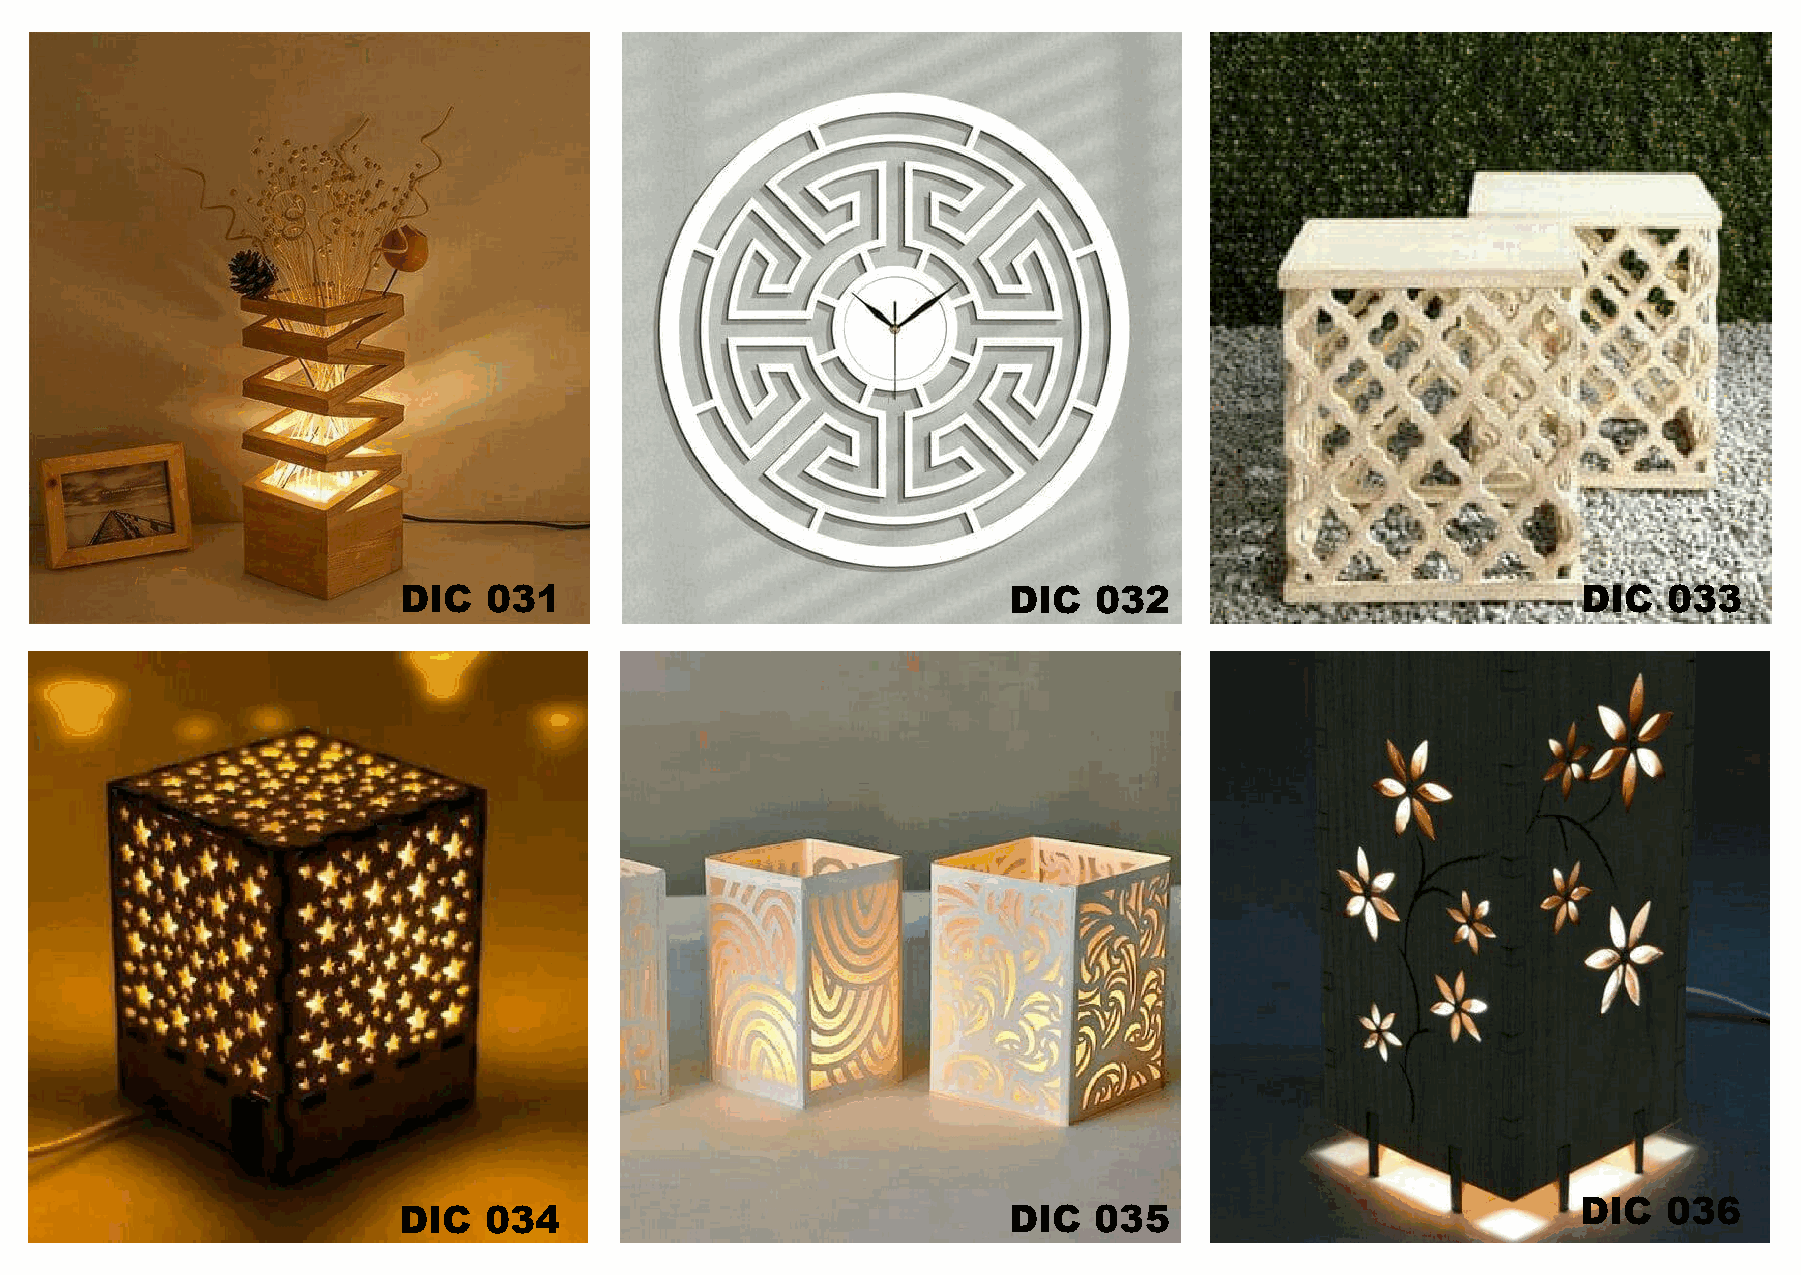
DIC   031                                DIC  032                              DIC  033
 DIC  036
 DIC   034                                DIC  035